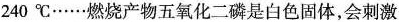
240℃……燃烧产物五氧化二磷是白色固体，会刺激